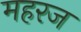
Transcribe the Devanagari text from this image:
महरज